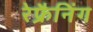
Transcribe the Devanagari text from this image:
रेफ्रैनिंग